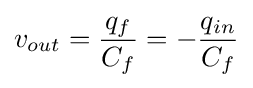
v_{out}={\frac {q_{f}}{C_{f}}}=-{\frac {q_{in}}{C_{f}}}